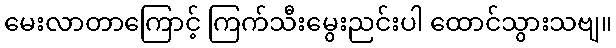
မေးလာတာကြောင့် ကြက်သီးမွေးညင်းပါ ထောင်သွားသဗျ။